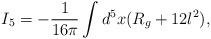
LaTeX: \begin{align*}I_{5} = - \frac{1}{16 \pi} \int d^5x (R_g + 12 l^2), \end{align*}